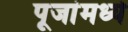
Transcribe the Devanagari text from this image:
पूजांमध्ये